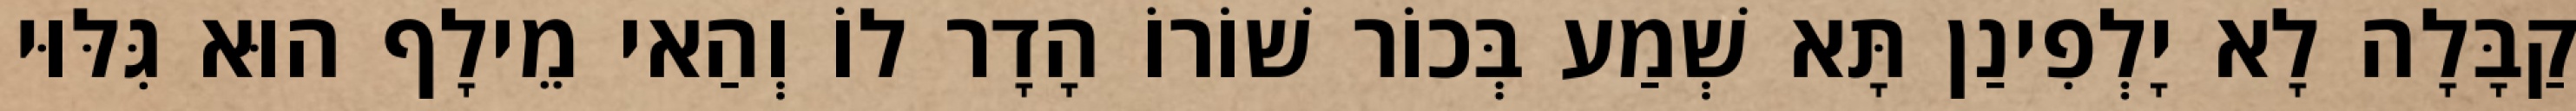
קַבָּלָה לָא יָלְפִינַן תָּא שְׁמַע בְּכוֹר שׁוֹרוֹ הָדָר לוֹ וְהַאי מֵילָף הוּא גִּלּוּי